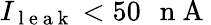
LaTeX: I_{\mathrm{~l~e~a~k~}}<50\mathrm{~\, ~n~A~}